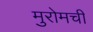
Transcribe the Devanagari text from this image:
मुरोमची